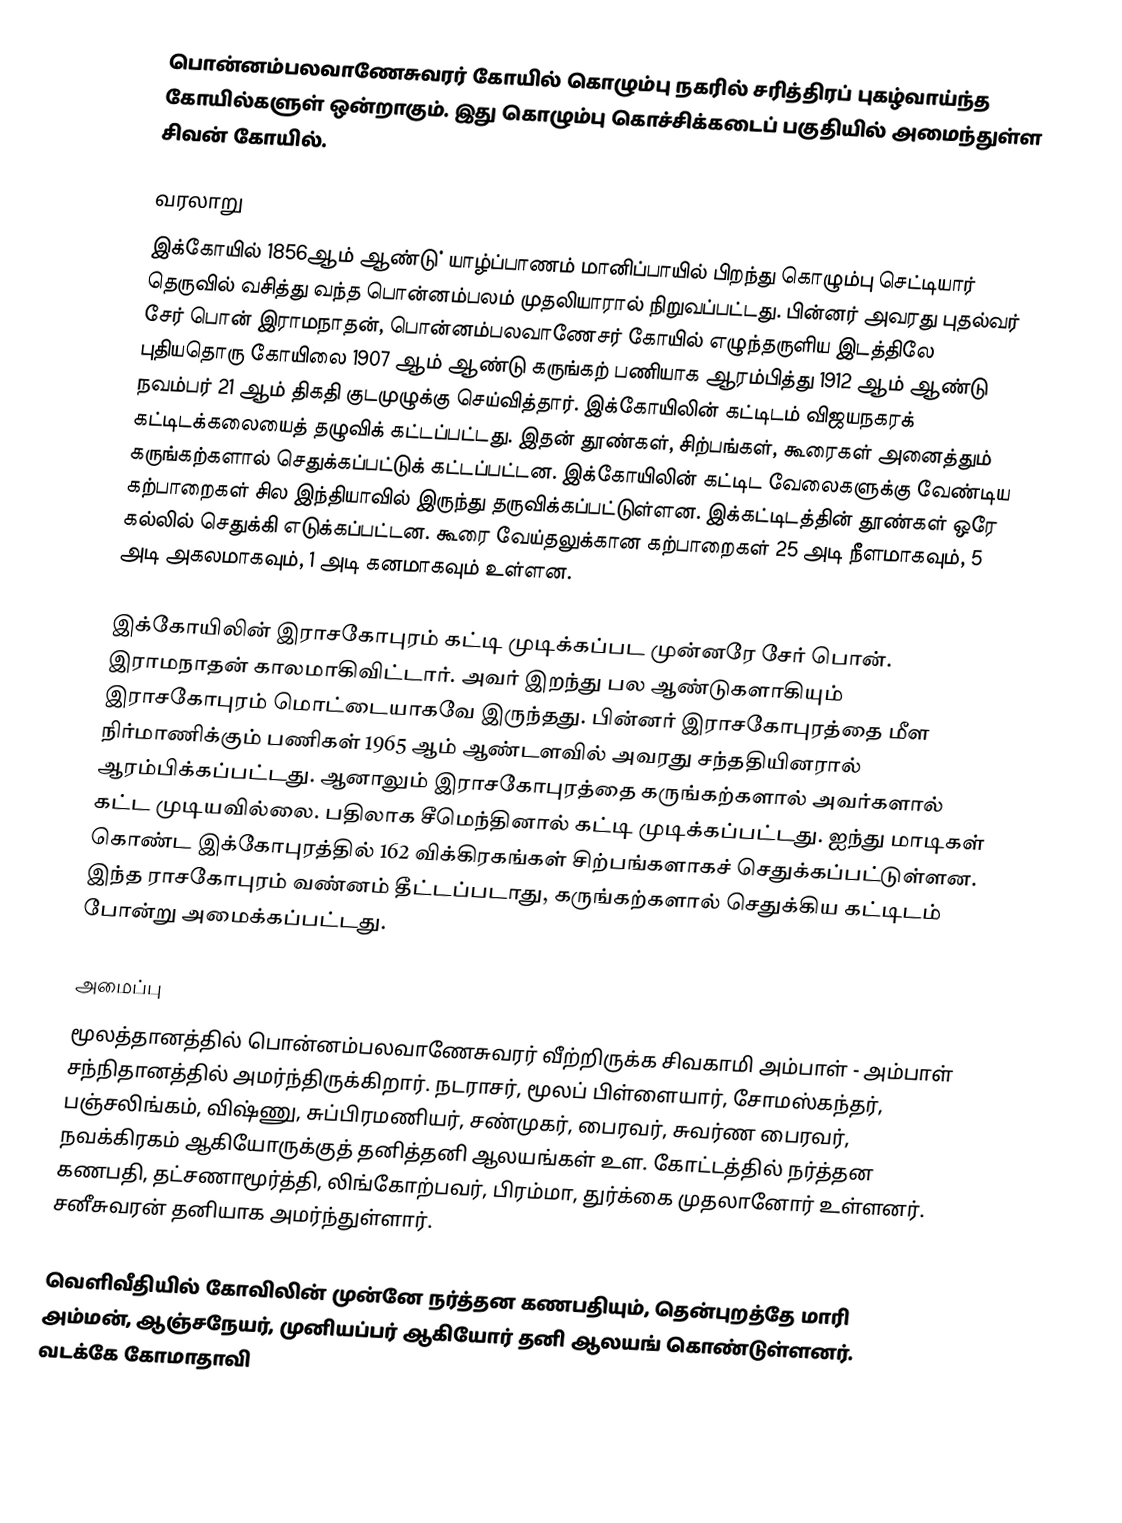
பொன்னம்பலவாணேசுவரர் கோயில் கொழும்பு நகரில் சரித்திரப் புகழ்வாய்ந்த கோயில்களுள் ஒன்றாகும். இது கொழும்பு கொச்சிக்கடைப் பகுதியில் அமைந்துள்ள சிவன் கோயில்.

வரலாறு
இக்கோயில் 1856ஆம் ஆண்டு் யாழ்ப்பாணம் மானிப்பாயில் பிறந்து கொழும்பு செட்டியார் தெருவில் வசித்து வந்த பொன்னம்பலம் முதலியாரால் நிறுவப்பட்டது. பின்னர் அவரது புதல்வர் சேர் பொன் இராமநாதன், பொன்னம்பலவாணேசர் கோயில் எழுந்தருளிய இடத்திலே புதியதொரு கோயிலை 1907 ஆம் ஆண்டு கருங்கற் பணியாக ஆரம்பித்து 1912 ஆம் ஆண்டு நவம்பர் 21 ஆம் திகதி குடமுழுக்கு செய்வித்தார். இக்கோயிலின் கட்டிடம் விஜயநகரக் கட்டிடக்கலையைத் தழுவிக் கட்டப்பட்டது. இதன் தூண்கள், சிற்பங்கள், கூரைகள் அனைத்தும் கருங்கற்களால் செதுக்கப்பட்டுக் கட்டப்பட்டன. இக்கோயிலின் கட்டிட வேலைகளுக்கு வேண்டிய கற்பாறைகள்  சில இந்தியாவில் இருந்து தருவிக்கப்பட்டுள்ளன. இக்கட்டிடத்தின் தூண்கள் ஒரே கல்லில் செதுக்கி எடுக்கப்பட்டன. கூரை வேய்தலுக்கான கற்பாறைகள் 25 அடி நீளமாகவும், 5 அடி அகலமாகவும், 1 அடி கனமாகவும் உள்ளன.

இக்கோயிலின் இராசகோபுரம் கட்டி முடிக்கப்பட முன்னரே சேர் பொன். இராமநாதன் காலமாகிவிட்டார். அவர் இறந்து பல ஆண்டுகளாகியும் இராசகோபுரம் மொட்டையாகவே இருந்தது. பின்னர் இராசகோபுரத்தை மீள நிர்மாணிக்கும் பணிகள் 1965 ஆம் ஆண்டளவில் அவரது சந்ததியினரால் ஆரம்பிக்கப்பட்டது. ஆனாலும் இராசகோபுரத்தை கருங்கற்களால் அவர்களால் கட்ட முடியவில்லை. பதிலாக சீமெந்தினால் கட்டி முடிக்கப்பட்டது. ஐந்து மாடிகள் கொண்ட இக்கோபுரத்தில் 162 விக்கிரகங்கள் சிற்பங்களாகச் செதுக்கப்பட்டுள்ளன. இந்த ராசகோபுரம் வண்னம் தீட்டப்படாது, கருங்கற்களால் செதுக்கிய கட்டிடம் போன்று அமைக்கப்பட்டது.

அமைப்பு
மூலத்தானத்தில் பொன்னம்பலவாணேசுவரர் வீற்றிருக்க சிவகாமி அம்பாள் - அம்பாள் சந்நிதானத்தில் அமர்ந்திருக்கிறார். நடராசர், மூலப் பிள்ளையார், சோமஸ்கந்தர், பஞ்சலிங்கம், விஷ்ணு, சுப்பிரமணியர், சண்முகர், பைரவர், சுவர்ண பைரவர், நவக்கிரகம் ஆகியோருக்குத் தனித்தனி ஆலயங்கள் உள. கோட்டத்தில் நர்த்தன கணபதி, தட்சணாமூர்த்தி, லிங்கோற்பவர், பிரம்மா, துர்க்கை முதலானோர் உள்ளனர். சனீசுவரன் தனியாக அமர்ந்துள்ளார்.

வெளிவீதியில் கோவிலின் முன்னே நர்த்தன கணபதியும், தென்புறத்தே மாரி அம்மன், ஆஞ்சநேயர், முனியப்பர் ஆகியோர் தனி ஆலயங் கொண்டுள்ளனர். வடக்கே கோமாதாவி